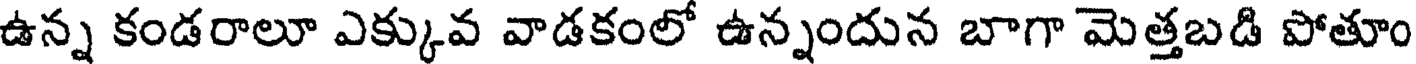
ఉన్న కండరాలూ ఎక్కువ వాడకంలో ఉన్నందున బాగా మెత్తబడి పోతూం